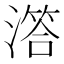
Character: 𣽛